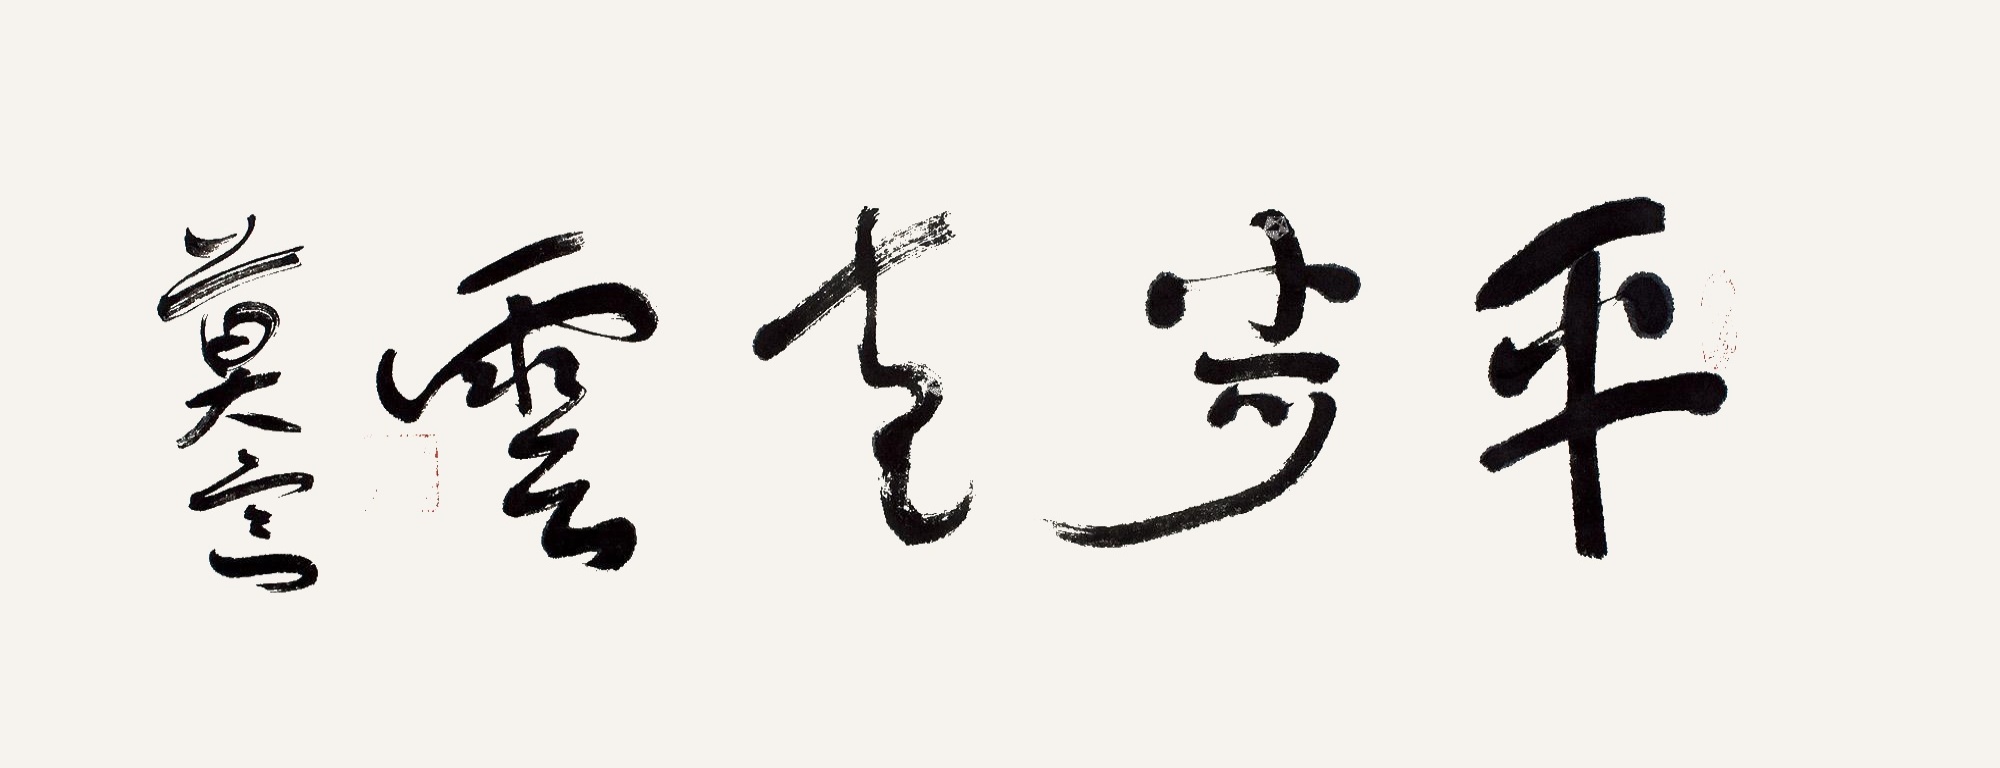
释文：平步青云。莫言。